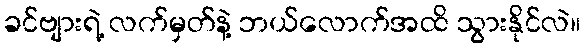
ခင်ဗျားရဲ့ လက်မှတ်နဲ့ ဘယ်လောက်အထိ သွားနိုင်လဲ။